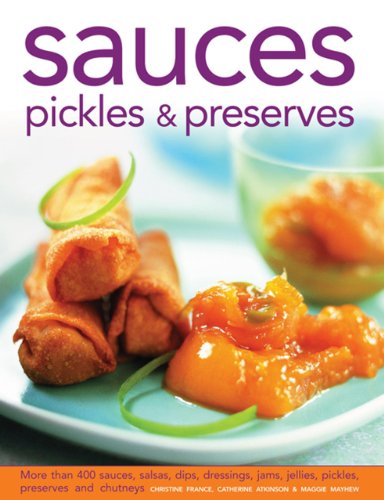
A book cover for Sauces, Pickles & Preserves: More than 400 Sauces, Salsas, Dips, Dressings, Jams, Jellies, Pickles, Preserves and Chutneys; Christine France; Cookbooks, Food & Wine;